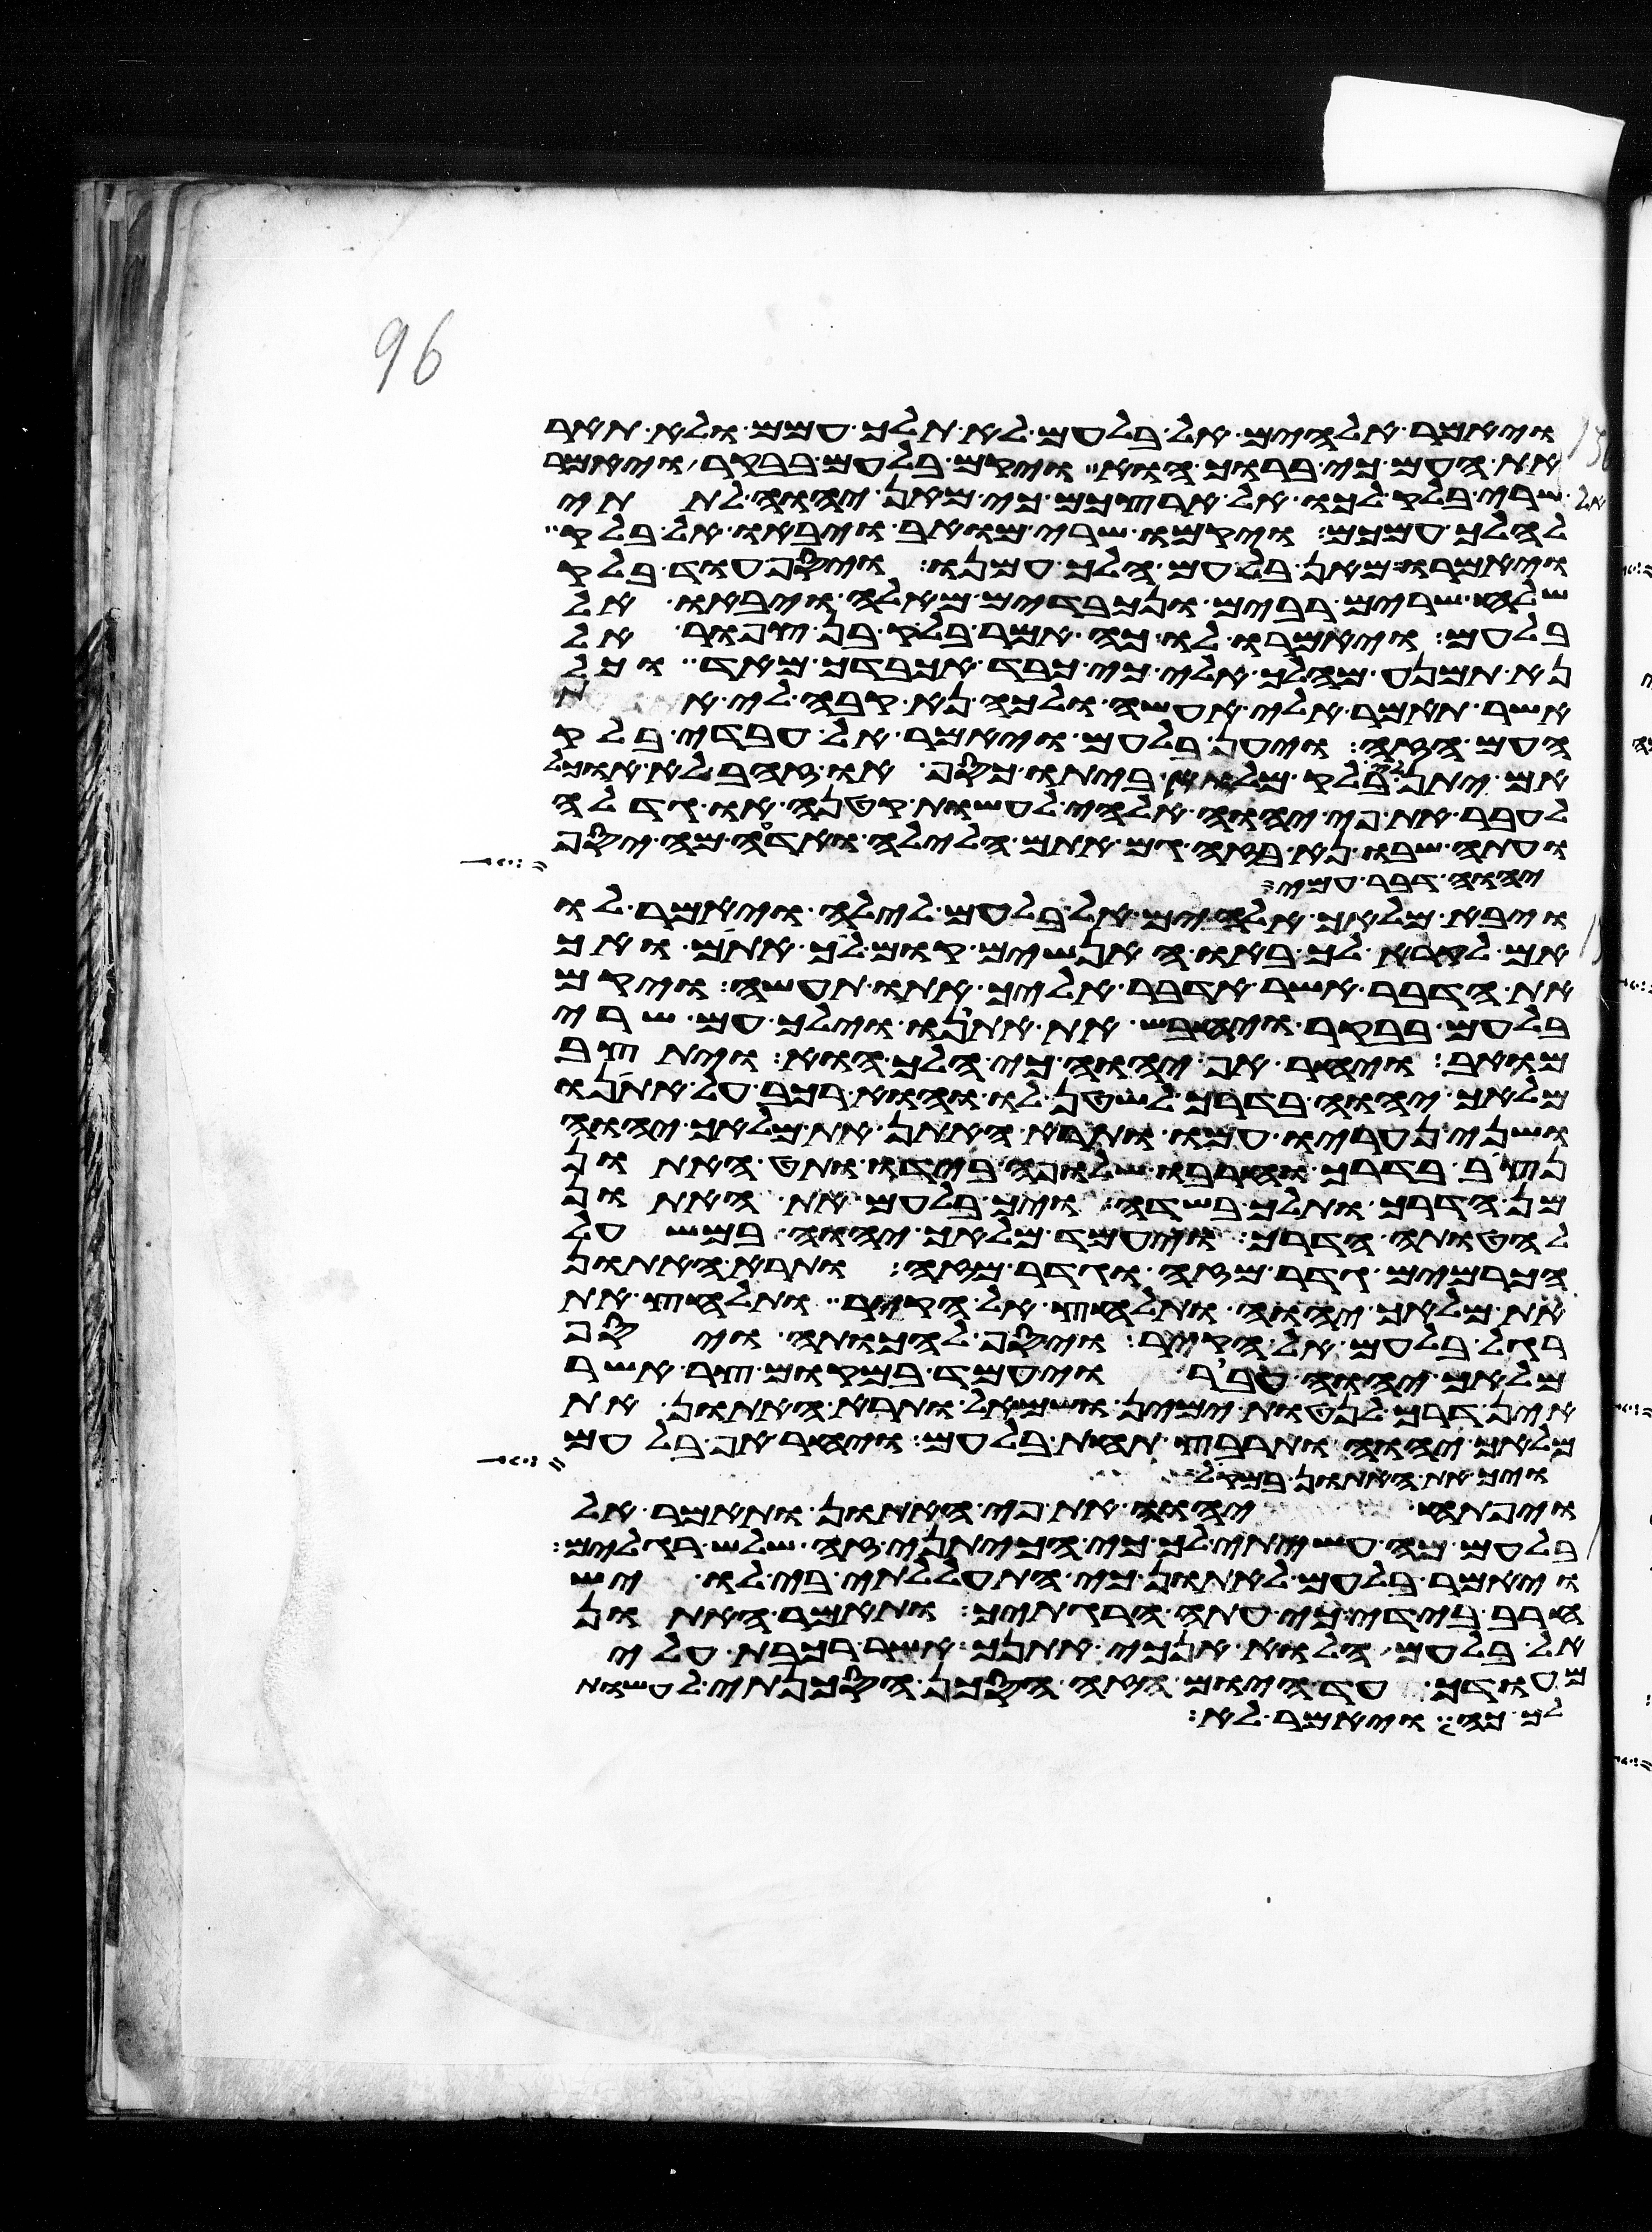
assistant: ויאמר אלהים אל בלעם לא תלך עמהם ולא תאר
את העם כי ברוך הוא ויקם בלעם בבקר ויאמר
שרי בלק לכו אל ארצכם כי מאן יהוה לתתי
להלך עמכם ויקמו שרי מואב ויבאו אל בלק
ויאמרו מאן בלעם הלך עמנו ויסף עוד בלק
שלח שרים רבים ונכבדים מאלה ויבאו אל
בלעם ויאמרו לו כה אמר בלק בן צפור אל
נא תמנע מהלך אלי כי כבד אכבדך מאד וכל
אשר תאמר אלי אעשה ולכה נא קבה לי את
העם הזה ויען בלעם ויאמר אל עבדי בלק
אם יתן לי בלק מלוא ביתו כסף או זהב לא אוכל
אעבר את פי יהוה אלהי לעשות קטנה או גדלה
ועתה שבו נא בזה גם אתם הלילה ואדעה מה יסף
יהוה דבר עמי
ויבא מלאך אלהים אל בלעם לילה ויאמר לו
אם לקרא לך באו האנשים קום לך אתם ואך
את הדבר אשר אדבר אליך אתו תעשה ויקם
בלעם בבקר ויחבש את אתנו וילך עם שרי
מואב ויחר אף יהוה כי הלך הוא ויתיצב
מלאך יהוה בדרך לשטן לו והוא רכב על אתנו
ושני נעריו עמו ותרא האתון את מלאך יהוה
נצב בדרך וחרבו שלופה בידו ותט האתון
מן הדרך ותלך בשדה ויך בלעם את האתון
להטותה הדרך ויעמד מלאך יהוה במשעל
הכרמים גדר מזה וגדר מזה ותרא האתון
את מלאך יהוה ותלחץ אל הקיר ותלחץ את
רגל בלעם אל הקיר ויסף להכותה ויסף
מלאך יהוה עבר ויעמד במקום צר אשר
אין דרך לנטות ימין ושמאל ותרא האתון את
מלאך יהוה ותרבץ תחת בלעם ויחר אף בלעם
ויך את האתון במקל
ויפתח יהוה את פי האתון ותאמר אל
בלעם מה עשיתי לך כי הכיתני זה שלש רגלים
ויאמר בלעם לאתון כי התעללתי בי לו יש
חרב בידי כי עתה הרגתיך ותאמר האתון
אל בלעם הלוא אנכי אתנך אשר רכבת עלי
מהודך עד היום הזה הסכן הסכנתי לעשות
כה ויאמר לא